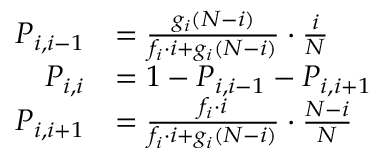
{ \begin{array} { r l } { P _ { i , i - 1 } } & { = { \frac { g _ { i } ( N - i ) } { f _ { i } \cdot i + g _ { i } ( N - i ) } } \cdot { \frac { i } { N } } } \\ { P _ { i , i } } & { = 1 - P _ { i , i - 1 } - P _ { i , i + 1 } } \\ { P _ { i , i + 1 } } & { = { \frac { f _ { i } \cdot i } { f _ { i } \cdot i + g _ { i } ( N - i ) } } \cdot { \frac { N - i } { N } } } \end{array} }